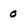
Character: 0